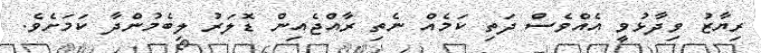
ރިޔާޒު ވިދާޅުވީ އެއްވެސް ދަތި ކަމެއް ނެތި ރާއްޖެއިން ޑޮލަރު ލިބެމުންދާ ކަމަށެވެ.